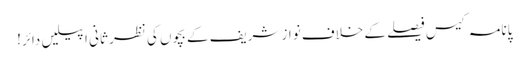
پانامہ کیس فیصلے کے خلاف نواز شریف کے بچوں کی نظر ثانی اپیلیں دائر!